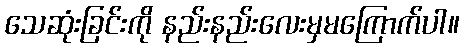
သေဆုံးခြင်းကို နည်းနည်းလေးမှမကြောက်ပါ။